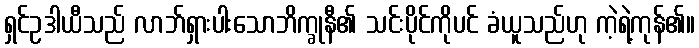
ရှင်ဥဒါယီသည် လာဘ်ရှားပါးသောဘိက္ခုနီ၏ သင်းပိုင်ကိုပင် ခံယူသည်ဟု ကဲ့ရဲ့ကုန်၏။